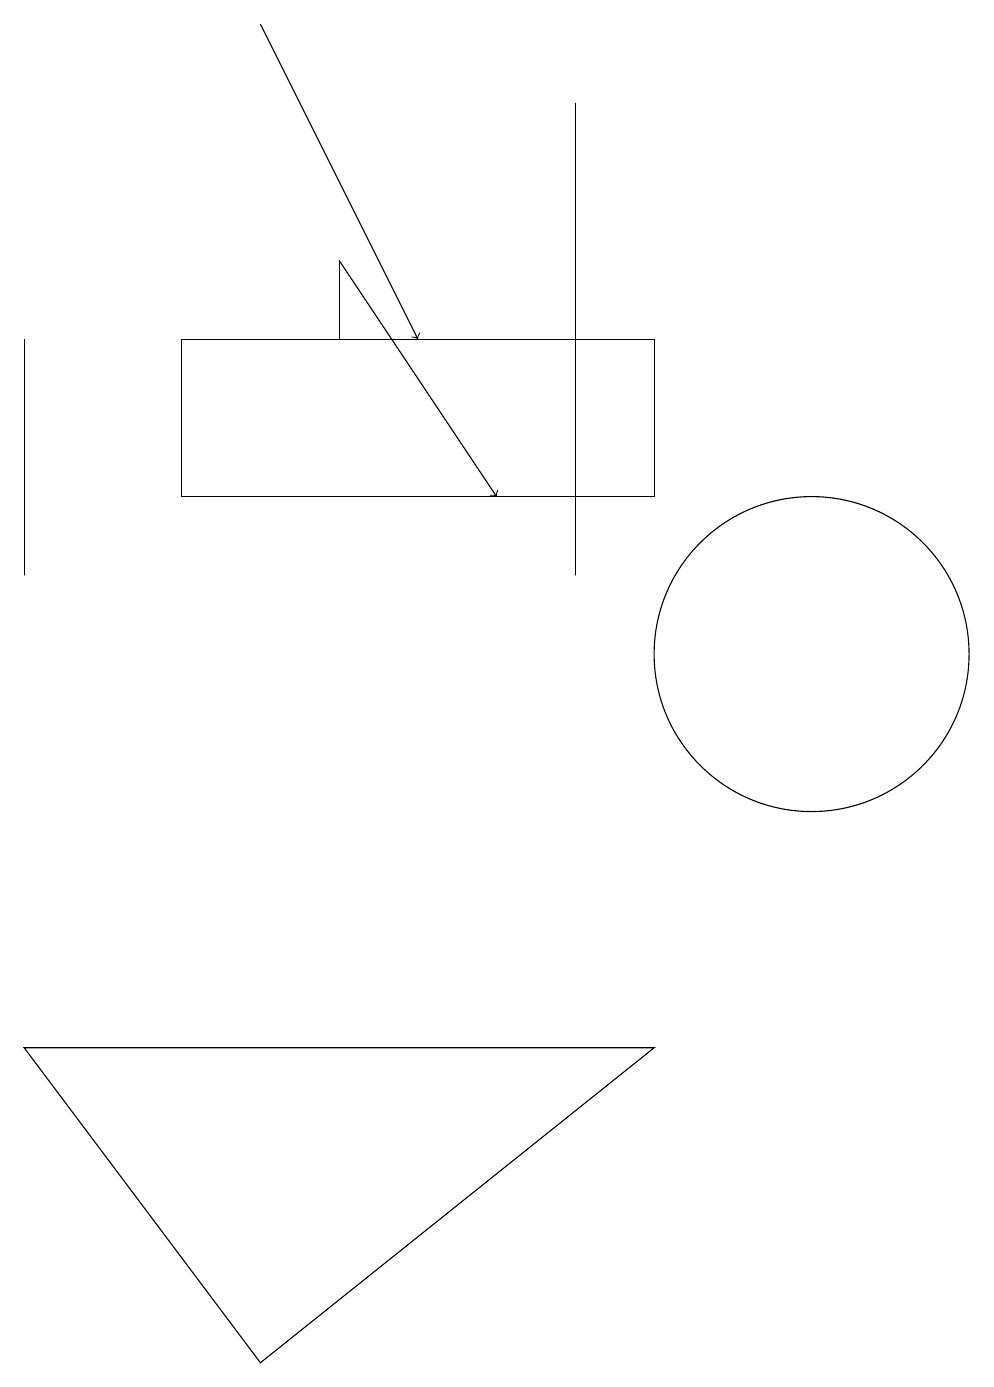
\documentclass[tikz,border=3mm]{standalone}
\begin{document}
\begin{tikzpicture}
\draw (5,14) rectangle (5,15);
\draw (8,17) rectangle (8,11);
\draw[->] (4,18) -- (6,14);
\draw (3,14) rectangle (9,12);
\draw (9,5) -- (4,1) -- (1,5) -- cycle;
\draw (1,11) rectangle (1,14);
\draw[->] (5,15) -- (7,12);
\draw (11,10) circle (2);
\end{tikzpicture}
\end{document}